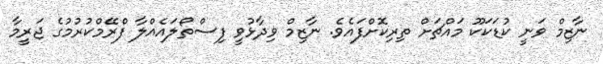
ނާޒިމް ވަނީ ކުޑަކަކޫ މައްޗަށް ތިރިކޮށްފައެވެ. ނާޒިމް ވިދާޅުވީ ފިސްތޯލައެއްލާ ފްރޭމްކުރުމުގެ ޖަރީމާ